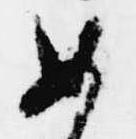
女